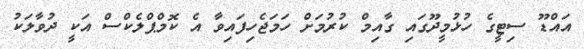
އައްޑޫ ސިޓީގެ ހުޅުމީދޫގައި ގާއިމް ކުރުމަށް ހަމަޖެހިފައިވާ އެ ކޮމްޕްލެކްސް އަކީ ދުވާލަކު